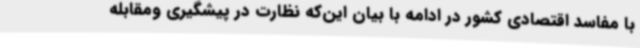
با مفاسد اقتصادی کشور در ادامه با بیان این‌که نظارت در پیشگیری ومقابله